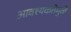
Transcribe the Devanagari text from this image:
आवश्यकतेमुळे